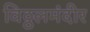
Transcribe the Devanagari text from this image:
विठ्ठलमंदीर